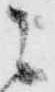
ニ